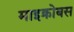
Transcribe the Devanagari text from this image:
माइक्रोबस